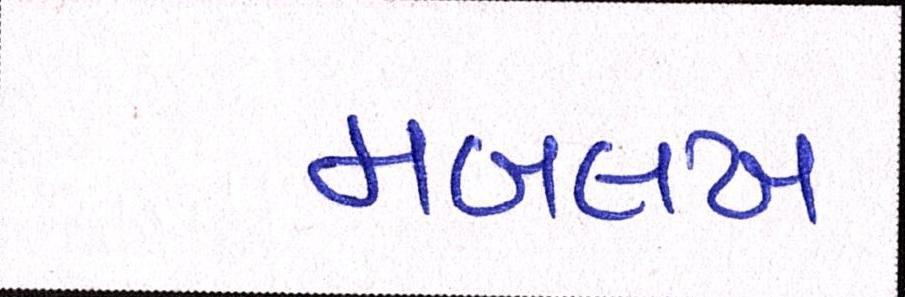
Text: મબલખ